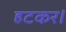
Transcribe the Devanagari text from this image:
हटकर।